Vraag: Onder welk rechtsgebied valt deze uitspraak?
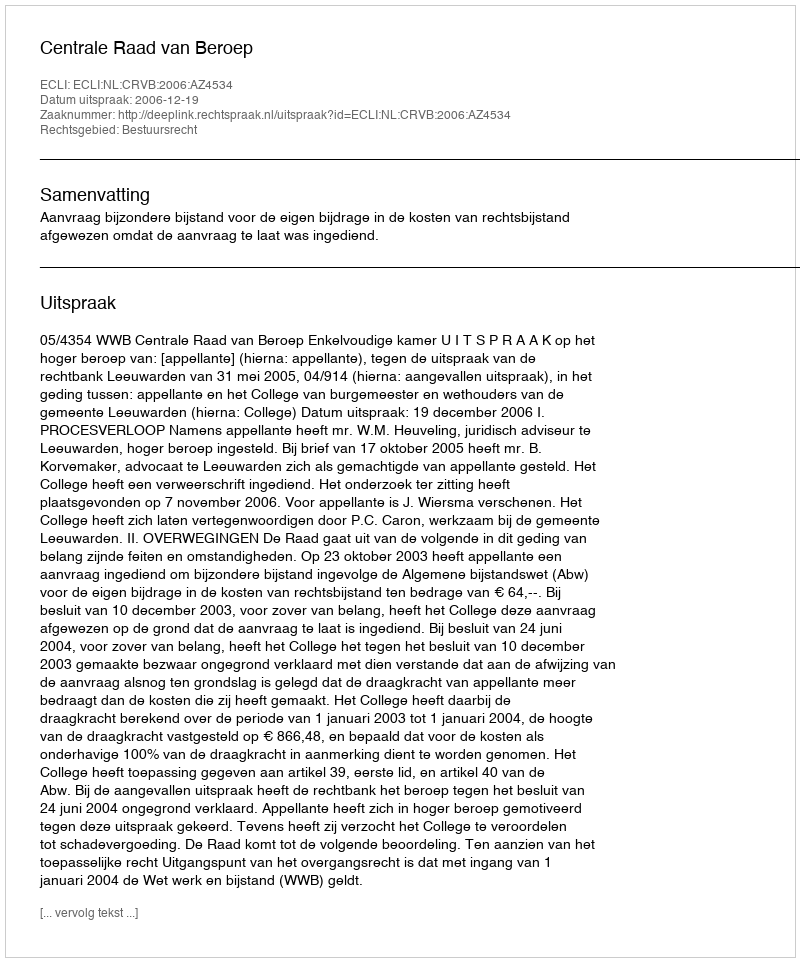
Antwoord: Bestuursrecht